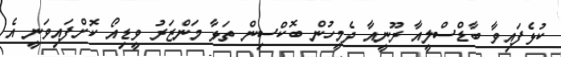
ކުޅެފައިވާ ބާޑްސްލީއާ ރޫނީއާ ދެމީހުން ބޮކްސިން ތަޅާ މަންޒަރު ވީޑިއޯ ކޮށްފައިވަނީ އެ